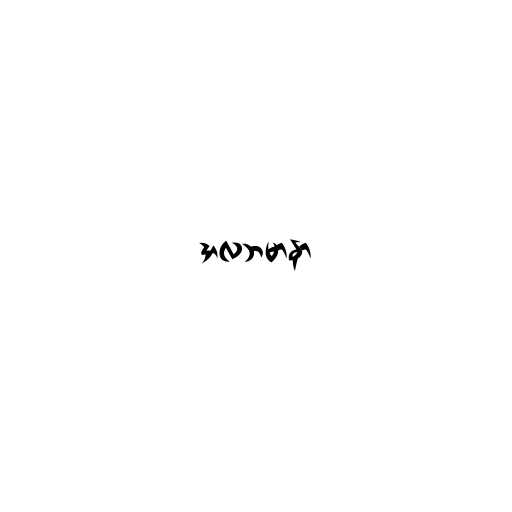
အလဘမာနာ